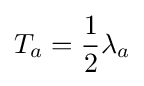
T_{a}={\frac {1}{2}}\lambda _{a}